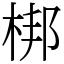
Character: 梆